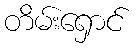
တိမ်းရှောင်